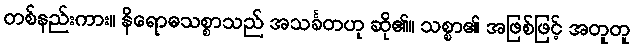
တစ်နည်းကား။ နိရောဓသစ္စာသည် အသင်္ခတဟု ဆို၏။ သစ္စာ၏ အဖြစ်ဖြင့် အတူတူ